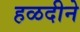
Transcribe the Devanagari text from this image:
हळदीने